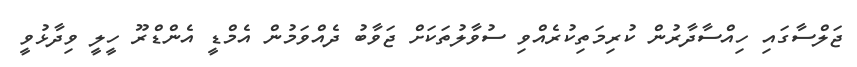
ޖަލްސާގައި ހިއްސާދާރުން ކުރިމަތިކުރެއްވި ސުވާލުތަކަށް ޖަވާބު ދެއްވަމުން އެމްޑީ އެންޑްރޫ ހީލީ ވިދާޅުވީ